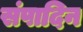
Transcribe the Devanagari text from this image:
संपादिन